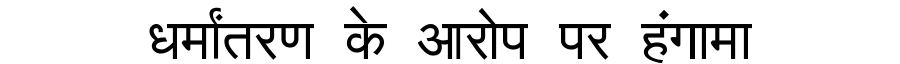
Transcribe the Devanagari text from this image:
धर्मांतरण के आरोप पर हंगामा